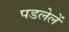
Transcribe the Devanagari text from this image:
पडलेलें